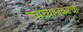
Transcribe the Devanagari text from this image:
त्याच्याजवळचा